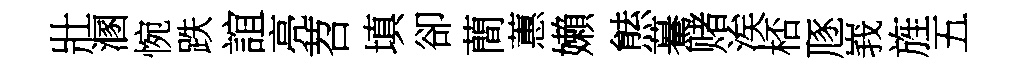
壯溷惋跌誼亮苕填卻蕳蕙嬾㷱驀赌涘桮豗峩旌五